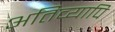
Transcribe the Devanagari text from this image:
अतिव्यापि